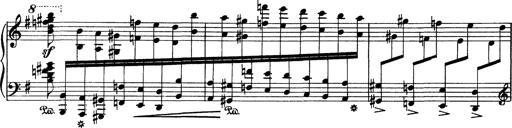
Title: AnnÃ©es de pÃ¨lerinage I
Composer: Franz Liszt